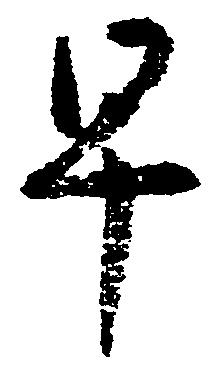
早